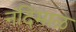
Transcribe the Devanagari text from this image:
नंदिमाळ